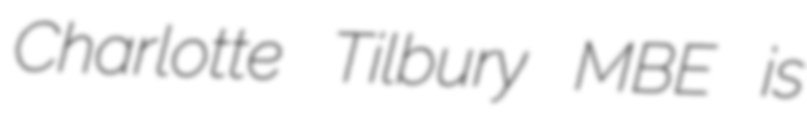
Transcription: Charlotte Tilbury MBE is